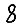
Digit: 8